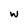
Character: w